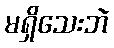
မရှိသေးဘဲ